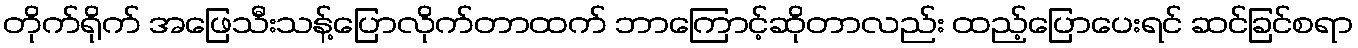
တိုက်ရိုက် အဖြေသီးသန့်ပြောလိုက်တာထက် ဘာကြောင့်ဆိုတာလည်း ထည့်ပြောပေးရင် ဆင်ခြင်စရာ